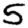
Digit: 5